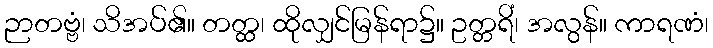
ဉာတဗ္ဗံ၊ သိအပ်၏။ တတ္ထ၊ ထိုလျှင်မြန်ရာ၌။ ဥတ္တရိံ၊ အလွန်။ ကာရဏံ၊